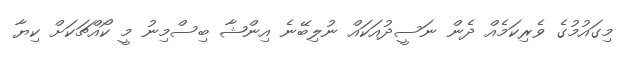
މިގައުމުގެ ވެރިކަމެއް ދެން ނަސީދުއަކައް ނުލިބޭނެ އިންޝާ ބިސްމިނު މީ ކޯއްޗަކަށް ކިޔާ